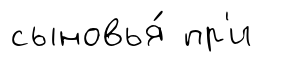
сыновья́ пр'и